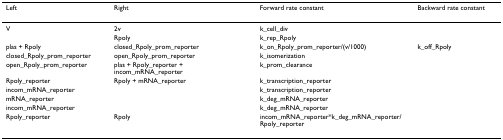
| Left | Right | Forward rate constant | Backward rate constant |
 | --- | --- | --- | --- |
 | V | 2v | k_cell_div |  |
 |  | Rpoly | k_rep_Rpoly |  |
 | plas + Rpoly | closed_Rpoly_prom_reporter | k_on_Rpoly_prom_reporter/(v/1000) | k_off_Rpoly |
 | closed_Rpoly_prom_reporter | open_Rpoly_prom_reporter | k_isomerization |  |
 | open_Rpoly_prom_reporter | plas + Rpoly_reporter + incom_mRNA_reporter | k_prom_clearance |  |
 | Rpoly_reporter | Rpoly + mRNA_reporter | k_transcription_reporter |  |
 | incom_mRNA_reporter |  | k_transcription_reporter |  |
 | mRNA_reporter |  | k_deg_mRNA_reporter |  |
 | incom_mRNA_reporter |  | k_deg_mRNA_reporter |  |
 | Rpoly_reporter | Rpoly | incom_mRNA_reporter*k_deg_mRNA_reporter/Rpoly_reporter |  |